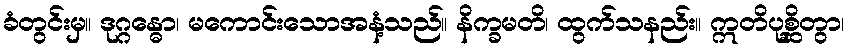
ခံတွင်းမှ။ ဒုဂ္ဂန္ဓော၊ မကောင်းသောအနံ့သည်။ နိက္ခမတိ၊ ထွက်သနည်း။ ဣတိပုစ္ဆိတွာ၊